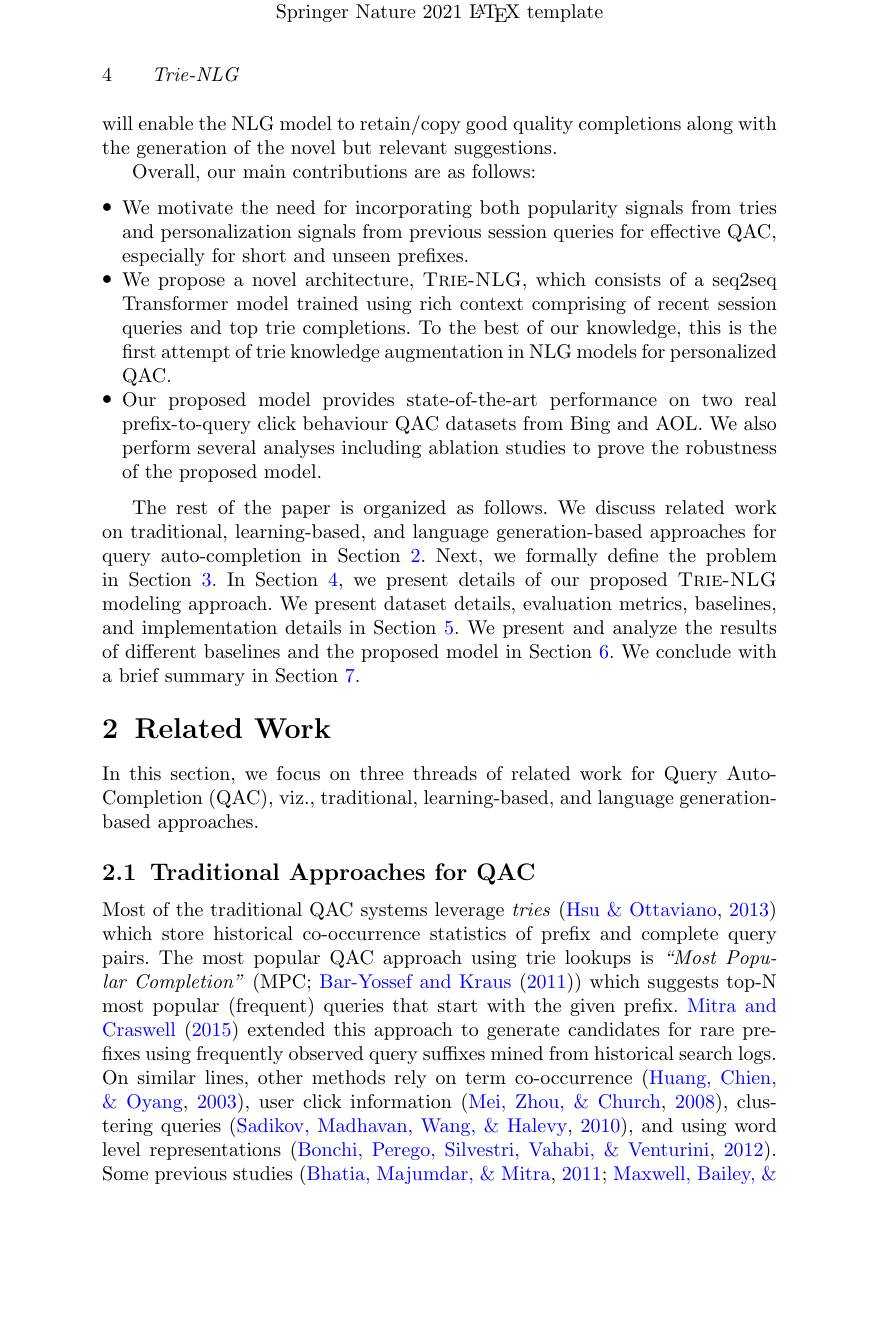
Springer Nature 2021 IATEX template

4 $Trie- NLG$

will enable the NLG model to retain/copy good quality completions along with
the generation of the novel but relevant suggestions.
Overall, our main contributions are as follows:

$\bullet$ We motivate the need for incorporating both popularity signals from tries
and personalization signals from previous session queries for effective QAC,
especially for short and unseen prefixes.
$\bullet$ We propose a novel architecture, TRIE-NLG, which consists of a seq2seq
Transformer model trained using rich context comprising of recent session queries and top trie completions. To the best of our knowledge, this is the first attempt of trie knowledge augmentation in NLG models for personalized $QAC.$
$\bullet$Our proposed model provides state- of- the- art performance on two real prefix- to- query click behaviour QAC datasets from Bing and AOL. We also
perform several analyses including ablation studies to prove the robustness
of the proposed model.
The rest of the paper is organized as follows. We discuss related work on traditional, learning-based, and language generation-based approaches for query auto-completion in Section 2. Next, we formally define the problem in Section 3. In Section 4, we present details of our proposed TRIE-NLG modeling approach. We present dataset details, evaluation metrics, baselines, and implementation details in Section 5. We present and analyze the results of different baselines and the proposed model in Section 6. We conclude with a brief summary in Section 7.

# 2 Related Work

In this section, we focus on three threads of related work for Query AutoCompletion (QAC), viz., traditional, learning-based, and language generationbased approaches.

2.1 Traditional Approaches for QAC

Most of the traditional QAC systems leverage tries (Hsu &Ottaviano, 2013) which store historical co-occurrence statistics of prefix and complete query pairs. The most popular QAC approach using trie lookups is “Most Popu- $lar\textit{ Completion" ( MPC; Bar- Yossef and Kraus ( 2011) ) which suggests top- N}$ most popular (frequent) queries that start with the given prefix. Mitra and Craswell (2015) extended this approach to generate candidates for rare prefixes using frequently observed query suffixes mined from historical search logs. On similar lines, other methods rely on term co-occurrence (Huang, Chien, $\&$ Oyang, 2003), user click information (Mei, Zhou, & Church, 2008), clustering queries (Sadikov, Madhavan, Wang, & Halevy, 2010), and using word level representations (Bonchi, Perego, Silvestri, Vahabi, & Venturini, 2012). Some previous studies (Bhatia, Majumdar, & Mitra, 2011; Maxwell, Bailey, &